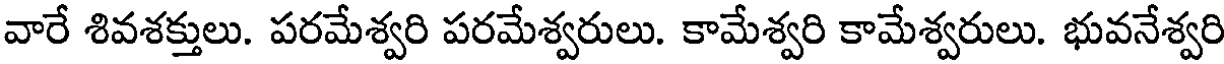
వారే శివశక్తులు. పరమేశ్వరి పరమేశ్వరులు. కామేశ్వరి కామేశ్వరులు. భువనేశ్వరి